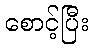
စောင့်ပြီး